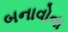
બનાવોના